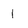
Character: 1